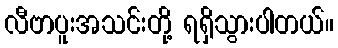
လီဗာပူးအသင်းတို့ ရရှိသွားပါတယ်။